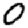
Digit: 0